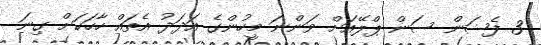
3 ފެޝަން ސަން ޕްލޭއަށް ވަންނަ މީހުންގެ އަދަދު އެތައް ހާހަކަށް ގިނަ